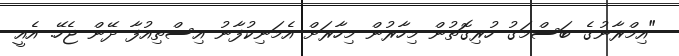
"އިމްރާނުގެ ބަސްމަގު ހުރިގޮތުން މިހާރުން މިހާރަށް އެމަނިކުފާނު އިސްތިއުފާ ދޭން ޖެހޭ. އެއީ